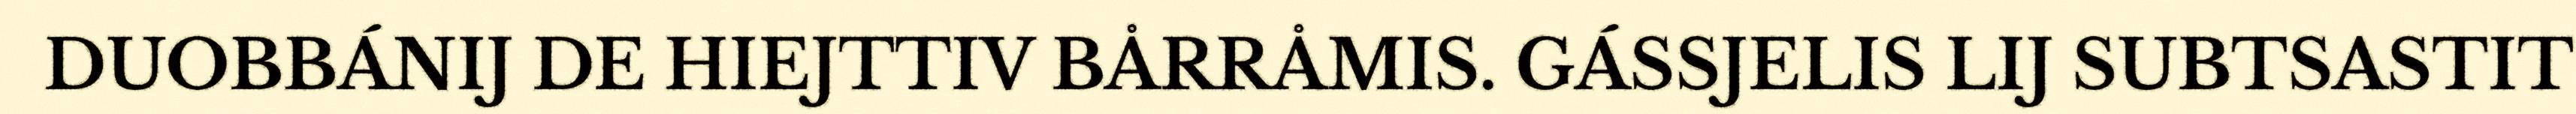
DUOBBÁNIJ DE HIEJTTIV BÅRRÅMIS. GÁSSJELIS LIJ SUBTSASTIT